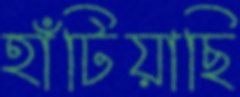
হাঁটিয়াছি